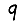
Digit: 9